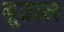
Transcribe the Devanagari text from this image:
बूढाल